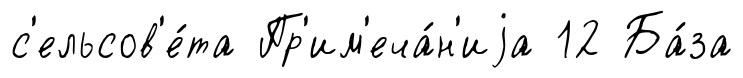
с'ельсов'е́та Пр'им'еча́н'иjа 12 Ба́за